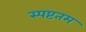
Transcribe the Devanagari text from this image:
स्पष्टतम